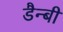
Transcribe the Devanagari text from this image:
डैन्बी